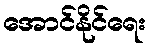
အောင်နိုင်ရေး